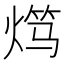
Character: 𬊯